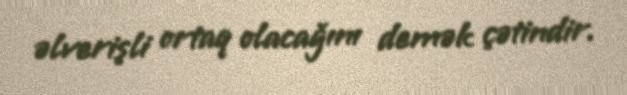
əlverişli ortaq olacağını demək çətindir.